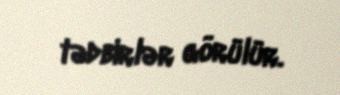
tədbirlər görülür.